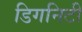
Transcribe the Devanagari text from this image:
डिगनिटी